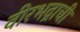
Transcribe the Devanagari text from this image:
वीरभद्राची